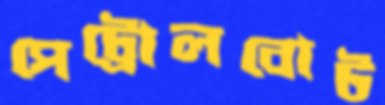
পেট্রোলবোট